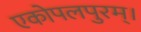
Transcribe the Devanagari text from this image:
एकोपलपुरम्।